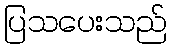
ပြသပေးသည်